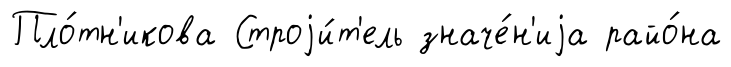
Пло́тн'икова Строjи́т'ель значе́н'иjа райо́на